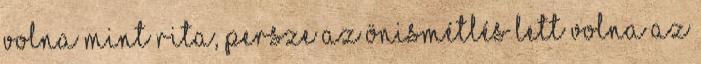
volna mint Rita, persze az önismétlés lett volna az